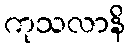
ကုသလာနိ